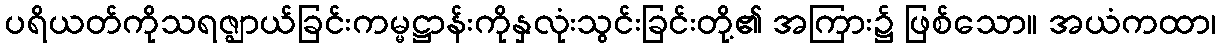
ပရိယတ်ကိုသရဇ္ဈာယ်ခြင်းကမ္မဋ္ဌာန်းကိုနှလုံးသွင်းခြင်းတို့၏ အကြား၌ ဖြစ်သော။ အယံကထာ၊